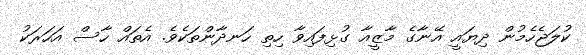
ކުލަޖެހެމުން ދިޔައީ އޭނާގެ މާޒީއާ ގުޅިފައިވާ ހިތި ހަނދާންތަކެވެ. އެތައް ހާސް އަހަރަކު